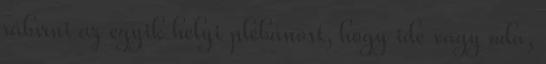
rábírni az egyik helyi plébánost, hogy ide vagy oda,